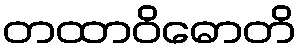
တထာဝိဓောတိ